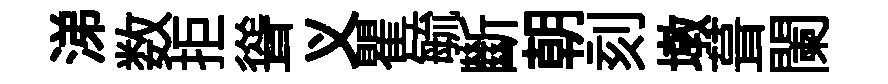
涕数拒聳义瞿毓斷朝刻墩葺闌